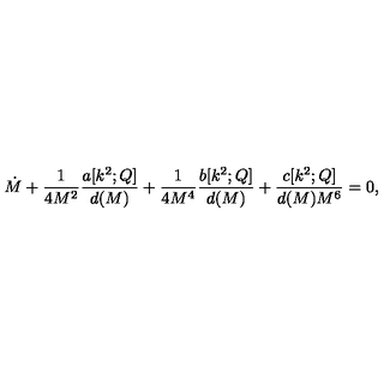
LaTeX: \dot { M } + \frac { 1 } { 4 M ^ { 2 } } \frac { a [ k ^ { 2 } ; Q ] } { d ( M ) } + \frac { 1 } { 4 M ^ { 4 } } \frac { b [ k ^ { 2 } ; Q ] } { d ( M ) } + \frac { c [ k ^ { 2 } ; Q ] } { d ( M ) M ^ { 6 } } = 0 ,